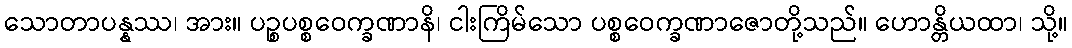
သောတာပန္နဿ၊ အား။ ပဉ္စပစ္စဝေက္ခဏာနိ၊ ငါးကြိမ်သော ပစ္စဝေက္ခဏာဇောတို့သည်။ ဟောန္တိယထာ၊ သို့။